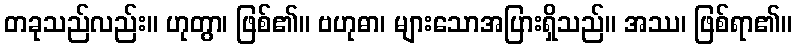
တခုသည်လည်း။ ဟုတွာ၊ ဖြစ်၏။ ဗဟုဓာ၊ များသောအပြားရှိသည်။ အဿ၊ ဖြစ်ရာ၏။